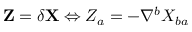
\mathbf { Z } = \delta \mathbf { X } \Leftrightarrow Z _ { a } = - \nabla ^ { b } X _ { b a }